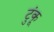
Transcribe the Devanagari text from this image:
टुंकू